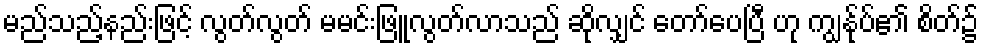
မည်သည့်နည်းဖြင့် လွတ်လွတ် မမင်းဖြူလွတ်လာသည် ဆိုလျှင် တော်ပေပြီ ဟု ကျွန်ုပ်၏ စိတ်၌